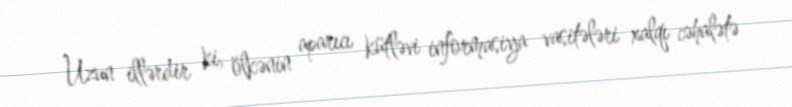
Uzun illərdir ki, ölkənin aparıcı kütləvi informasiya vasitələri xalqı cəhalətə